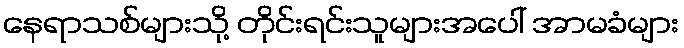
နေရာသစ်များသို့ တိုင်းရင်းသူများအပေါ် အာမခံများ